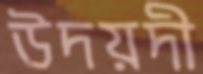
উদয়দী